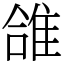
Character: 䧻